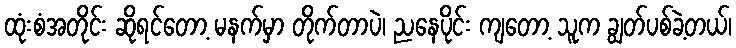
ထုံးစံအတိုင်း ဆိုရင်တော့ မနက်မှာ တိုက်တာပဲ၊ ညနေပိုင်း ကျတော့ သူက ချွတ်ပစ်ခဲ့တယ်၊